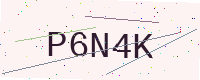
Text: P6N4K